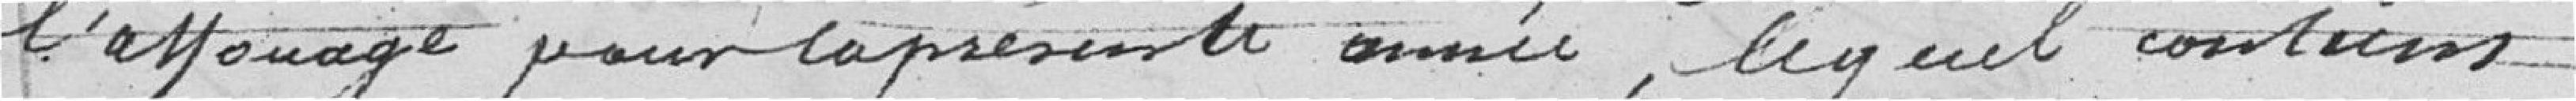
l'affouage pour la présente année, lequel contient